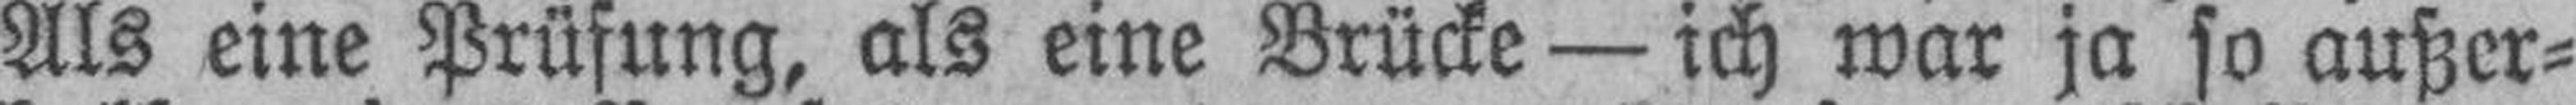
Als eine Prüfung, als eine Brücke — ich war ja so außer¬